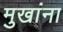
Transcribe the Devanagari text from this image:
मुखांना